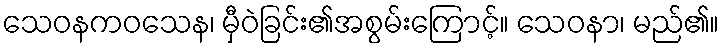
သေဝနကဝသေန၊ မှီဝဲခြင်း၏အစွမ်းကြောင့်။ သေဝနာ၊ မည်၏။